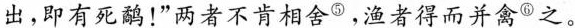
出，即有死鹬！”两者不肯相舍^{⑤}，渔者得而并禽^{⑥}之。